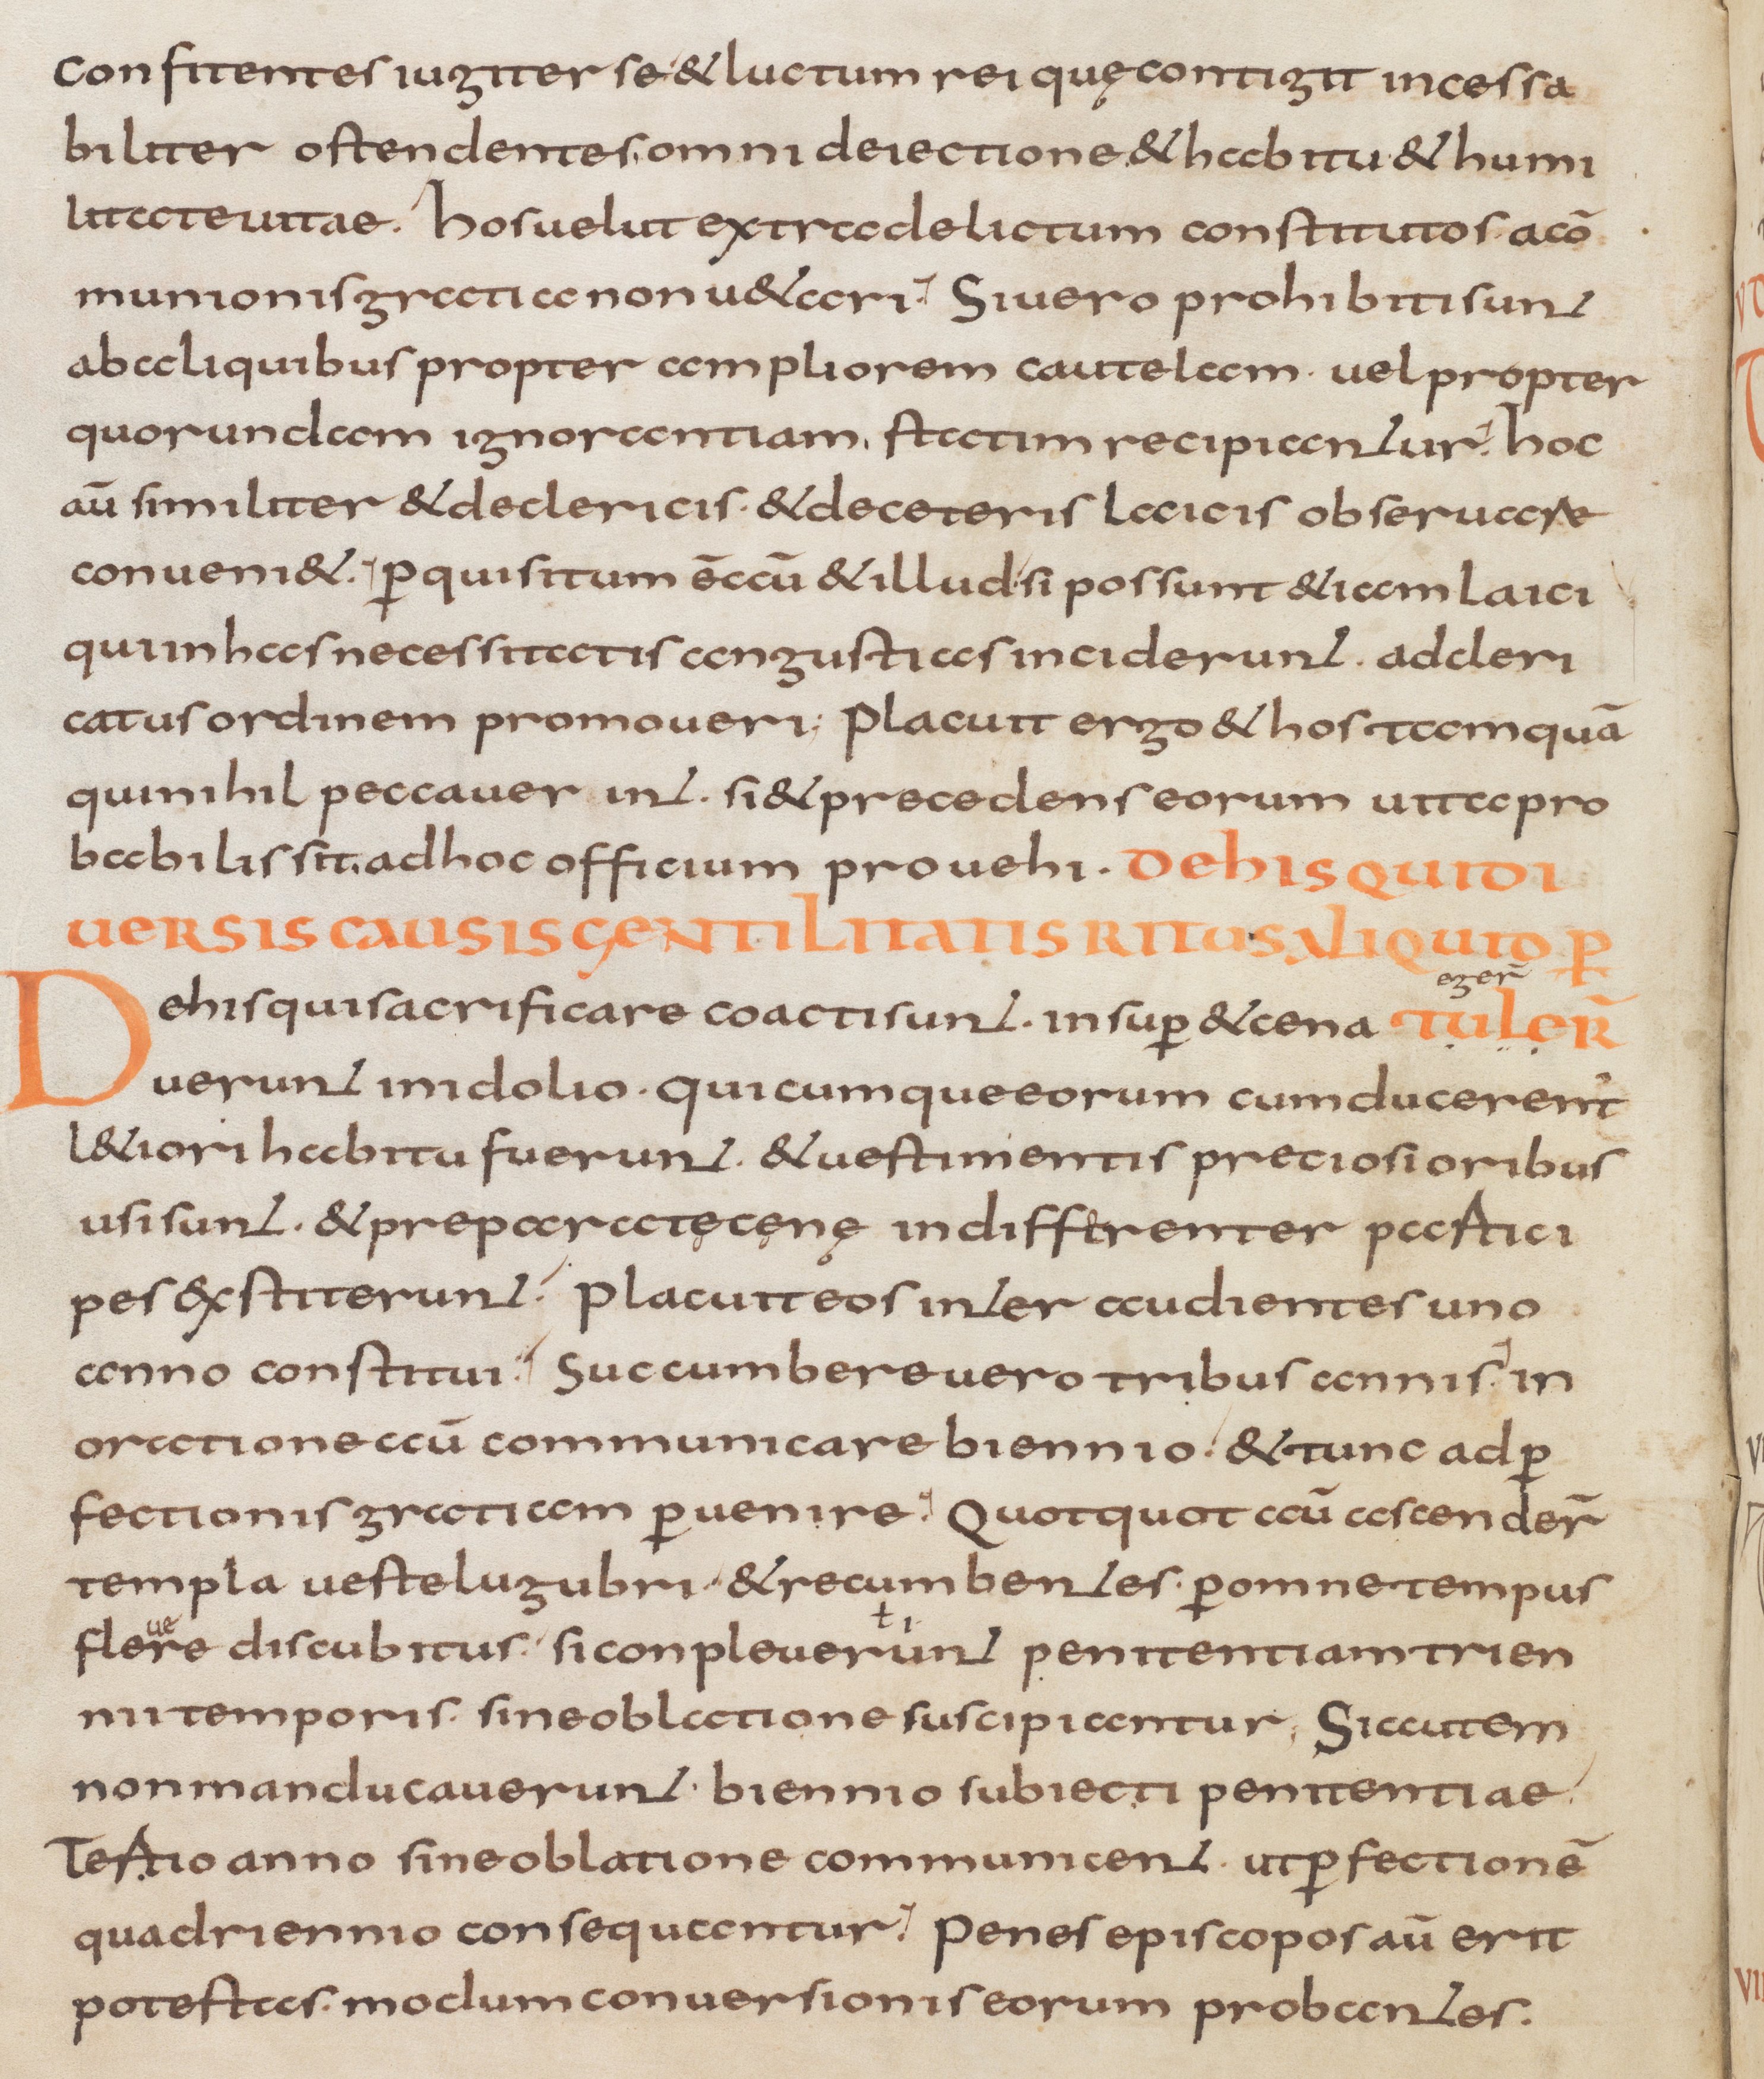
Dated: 805–865